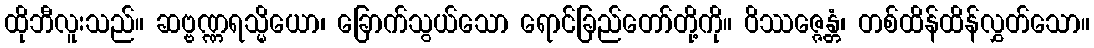
ထိုဘီလူးသည်။ ဆဗ္ဗဏ္ဏရသ္မိယော၊ ခြောက်သွယ်သော ရောင်ခြည်တော်တို့ကို။ ဝိဿဇ္ဇေန္တံ၊ တစ်ထိန်ထိန်လွှတ်သော။